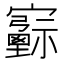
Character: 𡫻